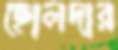
ছোলদার